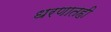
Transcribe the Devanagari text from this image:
धरणातही